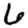
Digit: 6